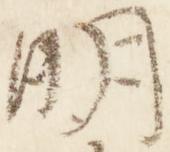
明